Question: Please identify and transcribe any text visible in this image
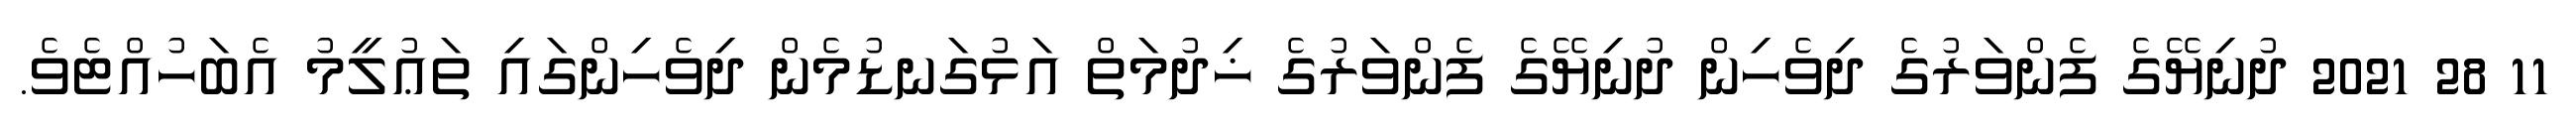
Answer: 11 28 2021 ދުނިޔޭގެ ފެންވަރުގެ ދިވެހިން ދުނިޔޭގެ ފެންވަރުގެ ޚިދުމަތް އަޅުގަނޑުމެން ދިވެހިންގައި ތަޢުލީމު އެބަހުއްޓެވެ.